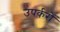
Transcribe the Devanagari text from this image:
उपर्करों